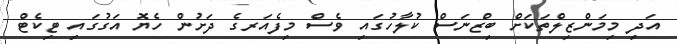
އަދި މިމަންޒިލްތަކަށް ބިޒްނަސް ކުލާހުގައި ވެސް މިފެއަރގެ ދަށުން ހެޔޮ އަގުގައި ޓިކެޓް